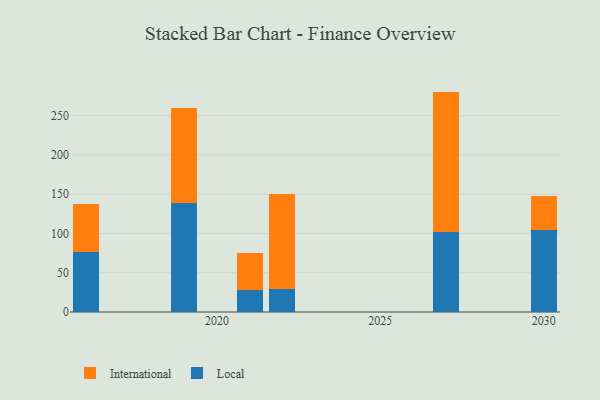
{"axis": {"x": "Year", "y": "Churn Rate (%)"}, "legend": ["International", "Local"], "data": [{"x": "2027", "y": 101.4, "type": "Local"}, {"x": "2027", "y": 179.2, "type": "International"}, {"x": "2030", "y": 103.9, "type": "Local"}, {"x": "2030", "y": 43.7, "type": "International"}, {"x": "2022", "y": 29.9, "type": "Local"}, {"x": "2022", "y": 120.6, "type": "International"}, {"x": "2021", "y": 27.9, "type": "Local"}, {"x": "2021", "y": 47.4, "type": "International"}, {"x": "2019", "y": 139.4, "type": "Local"}, {"x": "2019", "y": 120.9, "type": "International"}, {"x": "2016", "y": 77.0, "type": "Local"}, {"x": "2016", "y": 60.1, "type": "International"}]}